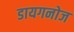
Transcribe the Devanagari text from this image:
डायगनोज